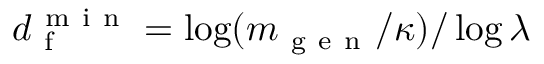
d _ { \mathrm { ~ f ~ } } ^ { \mathrm { ~ m ~ i ~ n ~ } } = \log ( m _ { \mathrm { ~ g ~ e ~ n ~ } } / \kappa ) / \log \lambda